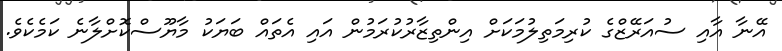
އޭނާ އާއި ސުއަރޭޒްގެ ކުރިމަތިލުމަކަށް އިންތިޒާރުކުރަމުން އައި އެތައް ބަޔަކު މާޔޫސްކޮށްލާނެ ކަމެކެވެ.